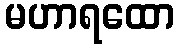
မဟာရထော